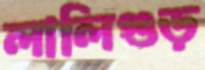
লালিগুড়